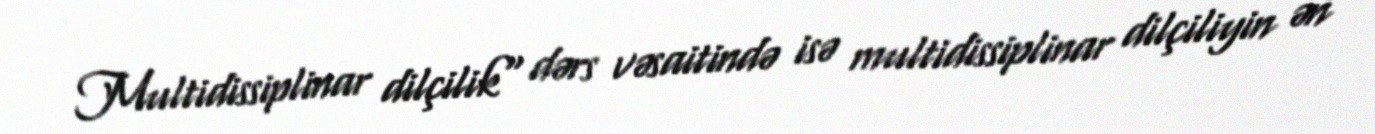
Multidissiplinar dilçilik" dərs vəsaitində isə multidissiplinar dilçiliyin ən